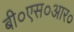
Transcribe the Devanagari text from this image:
बी०एस०आर०